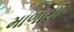
માળાથી